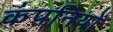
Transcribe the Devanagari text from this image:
कंपनियों